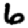
Digit: 6